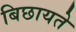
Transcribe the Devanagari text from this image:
बिछायते